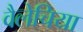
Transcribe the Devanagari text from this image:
वैलेचिया